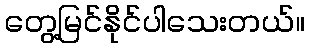
တွေ့မြင်နိုင်ပါသေးတယ်။